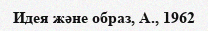
Идея және образ, А., 1962